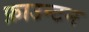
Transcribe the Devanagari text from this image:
फ़ाउन्टन